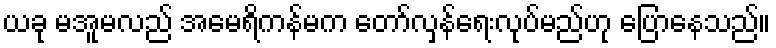
ယခု မအူမလည် အမေရိကန်မက တော်လှန်ရေးလုပ်မည်ဟု ပြောနေသည်။